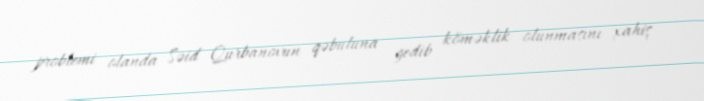
problemi olanda Səid Qurbanovun qəbuluna gedib köməklik olunmasını xahiş